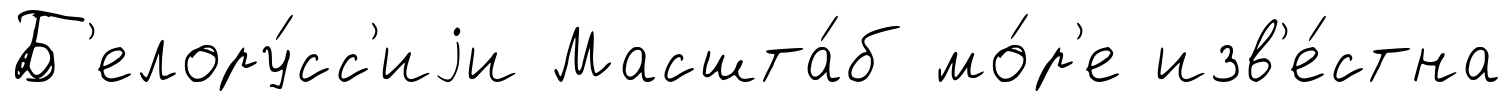
Б'елору́сс'иjи Масшта́б мо́р'е изв'е́стна